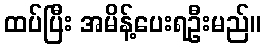
ထပ်ပြီး အမိန့်ပေးရဦးမည်။